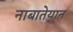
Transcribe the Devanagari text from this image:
नाबातेयान